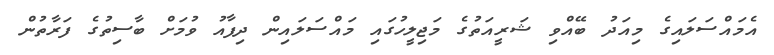
އެމައްސަލައިގެ މިއަދު ބޭއްވި ޝަރީއަތުގެ މަޖިލީހުގައި މައްސަލައިން ދިފާއު ވުމަށް ބާސިތުގެ ފަރާތުން